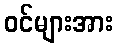
ဝင်များအား